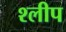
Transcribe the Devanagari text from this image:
श्लीप